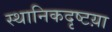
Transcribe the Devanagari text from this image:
स्थानिकदृष्टय़ा